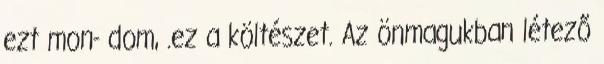
ezt mon- dom, .ez a költészet. Az önmagukban létező